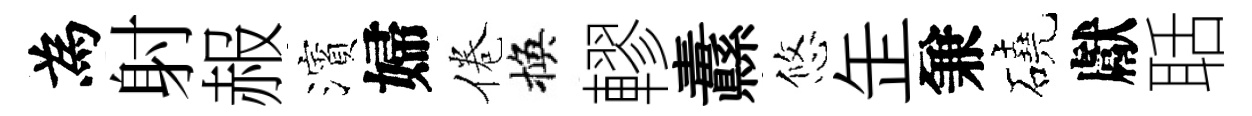
為射赧濱婦倦換轇纛悠𦈢兼磽獻聒